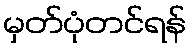
မှတ်ပုံတင်ရန်